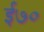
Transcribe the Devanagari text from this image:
ई७०